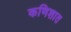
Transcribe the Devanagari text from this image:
कणिशात